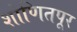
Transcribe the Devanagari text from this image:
शोणितपूर